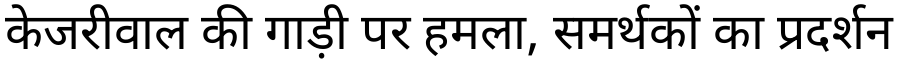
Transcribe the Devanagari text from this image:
केजरीवाल की गाड़ी पर हमला, समर्थकों का प्रदर्शन